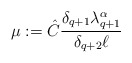
\begin{align*}\mu := \hat{C} \frac{\delta_{q+1} \lambda_{q+1}^\alpha}{\delta_{q+2} \ell}\end{align*}